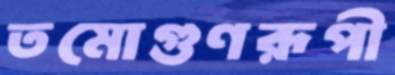
তমোগুণরূপী